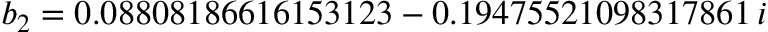
b _ { 2 } = 0 . 0 8 8 0 8 1 8 6 6 1 6 1 5 3 1 2 3 - 0 . 1 9 4 7 5 5 2 1 0 9 8 3 1 7 8 6 1 \, i